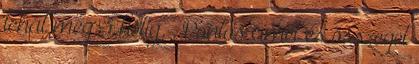
tehát még 3 hétig. . Pontos címet és összeget